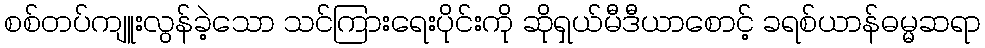
စစ်တပ်ကျူးလွန်ခဲ့သော သင်ကြားရေးပိုင်းကို ဆိုရှယ်မီဒီယာစောင့် ခရစ်ယာန်ဓမ္မဆရာ